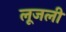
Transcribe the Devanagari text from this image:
लूजली